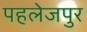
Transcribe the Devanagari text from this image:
पहलेजपुर